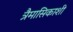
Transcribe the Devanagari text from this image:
त्रैमासिकाशी